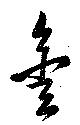
金